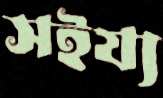
সইয্য